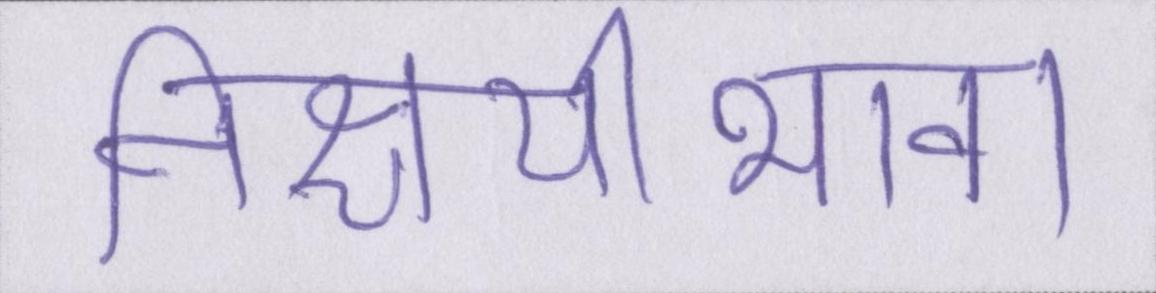
निश्चयीभाव।